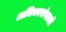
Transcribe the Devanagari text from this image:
अधिकारांखाली